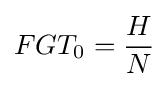
FGT_{0}={\frac {H}{N}}